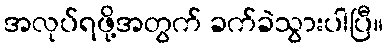
အလုပ်ရဖို့အတွက် ခက်ခဲသွားပါပြီ။